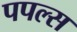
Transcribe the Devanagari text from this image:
पपल्स